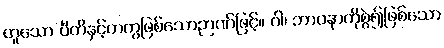
ဟူသော ပီတိနှင့်တကွဖြစ်သောဉာဏ်ဖြင့်။ ဝါ၊ ဘာဝနာကိုစွဲ၍ဖြစ်သော